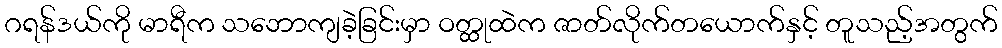
ဂရန်ဒယ်ကို မာရီက သဘောကျခဲ့ခြင်းမှာ ဝတ္ထုထဲက ဇာတ်လိုက်တယောက်နှင့် တူသည့်အတွက်